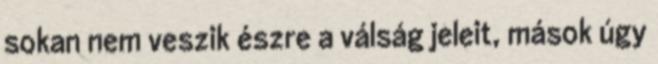
sokan nem veszik észre a válság jeleit, mások úgy